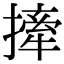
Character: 撁